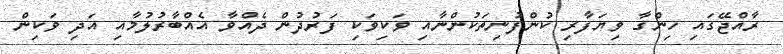
ރާއްޖޭގައި ހިންގާ ވިޔަފާރި ކުންފުނިތަކުންނާއި ވަކިވަކި ފަރުދުން ދެއްވާ އެއްބާރުލުމާއި އަދި ވަކިން